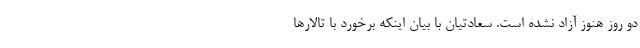
دو روز هنوز آزاد نشده است. سعادتیان با بیان اینکه برخورد با تالارها